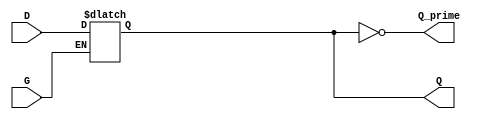
module gated_latch (
    input wire D,        // Data input
    input wire G,        // Gate/Enable signal
    output reg Q,        // Output
    output wire Q_prime  // Complement of the output
);

// Logic to implement the gated latch behavior
always @(*) begin
    if (G) begin
        Q = D;  // When the gate is high, output follows the input
    end
    // If G is low, Q retains its last value; hence, we don't change Q.
end

// Complement of the Q output
assign Q_prime = ~Q;

endmodule